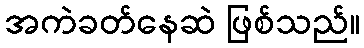
အကဲခတ်နေဆဲ ဖြစ်သည်။